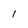
Character: I